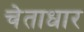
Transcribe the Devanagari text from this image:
चेताधार